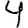
Digit: 4